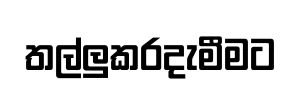
තල්ලුකරදැමීමට